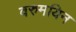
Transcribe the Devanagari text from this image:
वरुमयिन